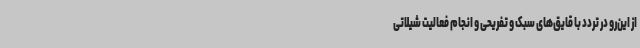
از این‌رو در تردد با قایق‌های سبک و تفریحی و انجام فعالیت شیلاتی